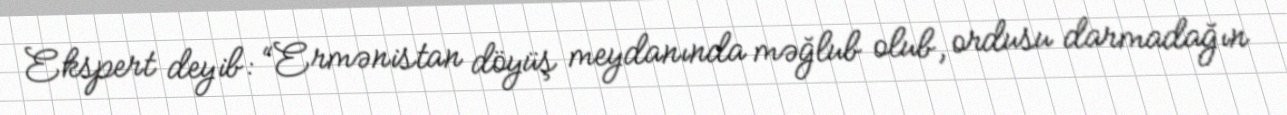
Ekspert deyib: “Ermənistan döyüş meydanında məğlub olub, ordusu darmadağın